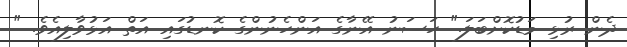
ދެން ރުޅި މަޑުކޮށްބަލަ." ހަސަނު އޭނާގެ އަންހެނުންގެ ކޮނޑުގައި އަތް އަޅުވާލިއެވެ. "